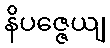
နိပဇ္ဇေယျ